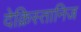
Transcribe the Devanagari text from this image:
देक्रिस्तानिज